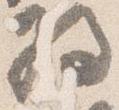
将